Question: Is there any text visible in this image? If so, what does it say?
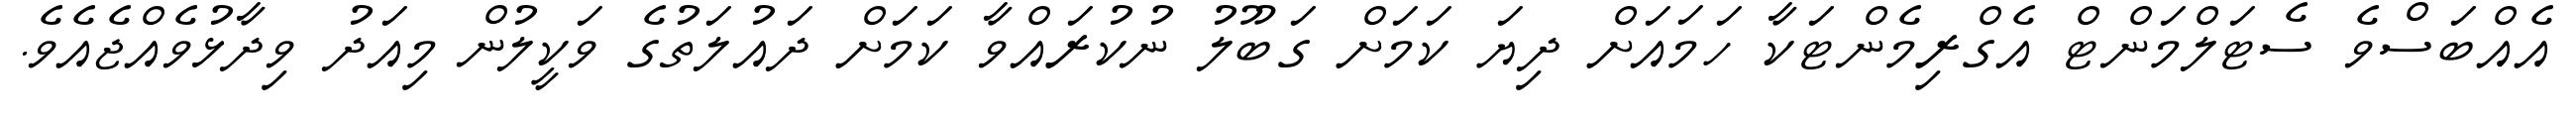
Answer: އެއްބަސްވެ ސެޓަލްމަންޓް އެގްރިމެންޓަކާ ހަމައަށް ދިޔަ ކަމަށް ގަބޫލު ނުކުރައްވާ ކަމަށް ދައުލަތުގެ ވަކީލުން މިއަދު ވިދާޅުވެއްޖެއެވެ.